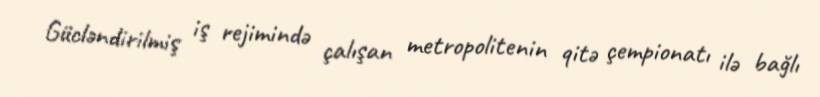
Gücləndirilmiş iş rejimində çalışan metropolitenin qitə çempionatı ilə bağlı